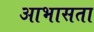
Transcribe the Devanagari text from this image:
आभासता